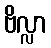
ဗိလ္လာ